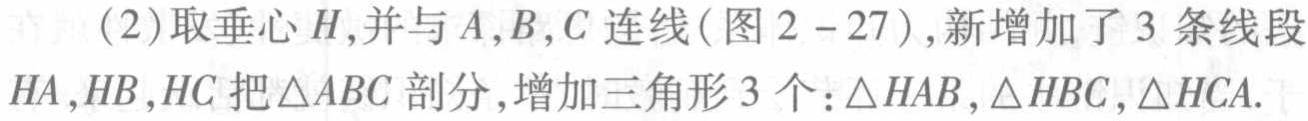
（2）取垂心\(H\)，并与\(A,B,C\)连线（图\(2 - 27\)），新增加了\(3\)条线段\(HA,HB,HC\)把\(\triangle ABC\)剖分，增加三角形\(3\)个：\(\triangle HAB,\triangle HBC,\triangle HCA\).